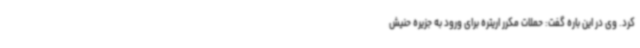
کرد. وی در این باره گفت: حملات مکرر اریتره برای ورود به جزیره حنیش